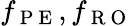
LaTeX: f_{\mathrm{~P~E~}},f_{\mathrm{~R~O~}}